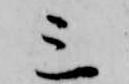
三